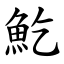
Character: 䰴